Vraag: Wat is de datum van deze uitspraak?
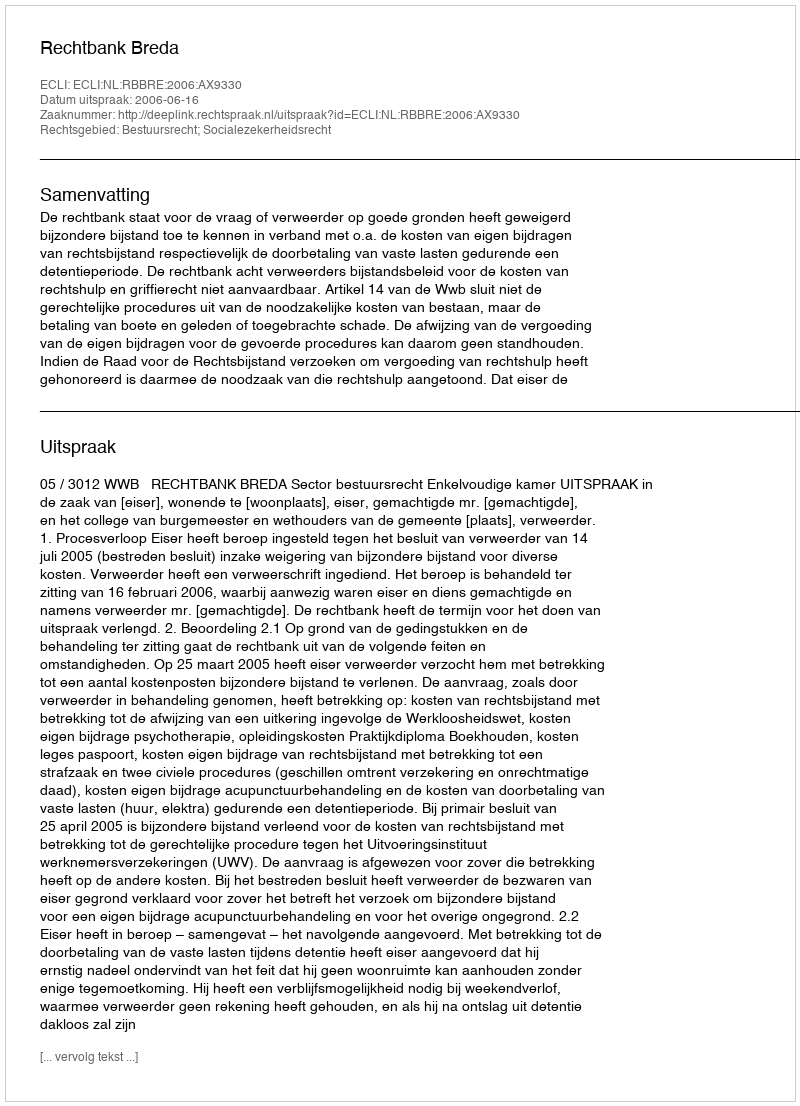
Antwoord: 2006-06-16